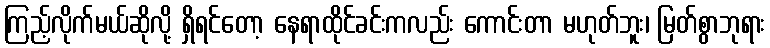
ကြည့်လိုက်မယ်ဆိုလို့ ရှိရင်တော့ နေရာထိုင်ခင်းကလည်း ကောင်းတာ မဟုတ်ဘူး၊ မြတ်စွာဘုရား